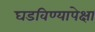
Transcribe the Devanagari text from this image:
घडविण्यापेक्षा